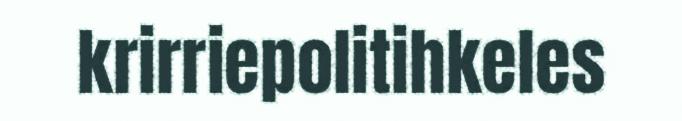
krirriepolitihkeles